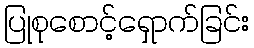
ပြုစုစောင့်ရှောက်ခြင်း